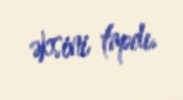
əksini tapdı.